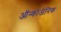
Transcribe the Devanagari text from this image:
ऑन्कोजेनिक